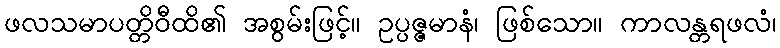
ဖလသမာပတ္တိဝီထိ၏ အစွမ်းဖြင့်။ ဥပ္ပဇ္ဇမာနံ၊ ဖြစ်သော။ ကာလန္တရဖလံ၊